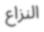
النزاع